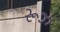
રૂઝ